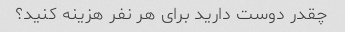
چقدر دوست دارید برای هر نفر هزینه کنید؟